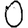
Digit: 0